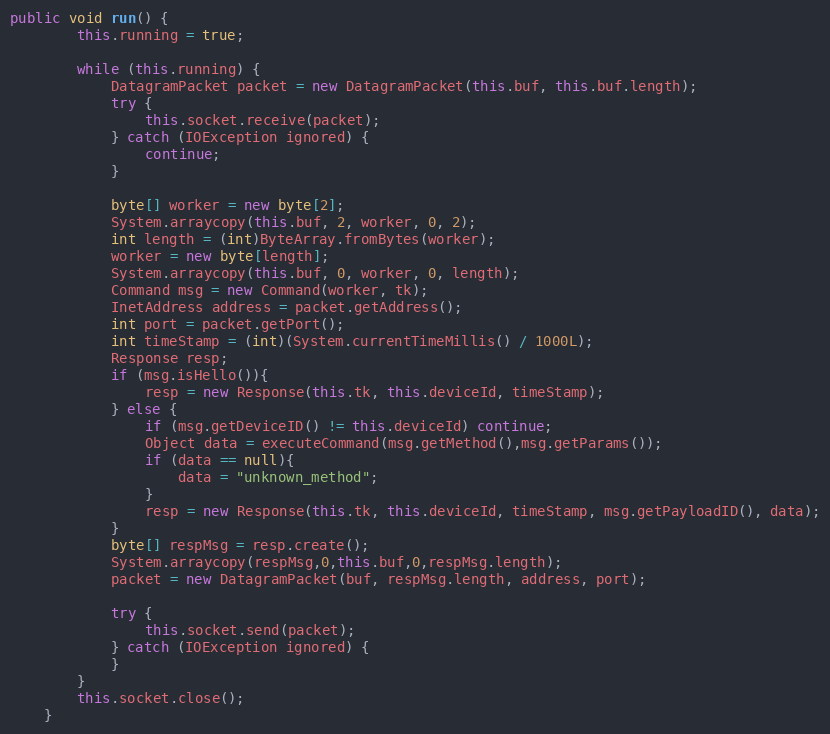
Language: Java
public void run() {
        this.running = true;

        while (this.running) {
            DatagramPacket packet = new DatagramPacket(this.buf, this.buf.length);
            try {
                this.socket.receive(packet);
            } catch (IOException ignored) {
                continue;
            }

            byte[] worker = new byte[2];
            System.arraycopy(this.buf, 2, worker, 0, 2);
            int length = (int)ByteArray.fromBytes(worker);
            worker = new byte[length];
            System.arraycopy(this.buf, 0, worker, 0, length);
            Command msg = new Command(worker, tk);
            InetAddress address = packet.getAddress();
            int port = packet.getPort();
            int timeStamp = (int)(System.currentTimeMillis() / 1000L);
            Response resp;
            if (msg.isHello()){
                resp = new Response(this.tk, this.deviceId, timeStamp);
            } else {
                if (msg.getDeviceID() != this.deviceId) continue;
                Object data = executeCommand(msg.getMethod(),msg.getParams());
                if (data == null){
                    data = "unknown_method";
                }
                resp = new Response(this.tk, this.deviceId, timeStamp, msg.getPayloadID(), data);
            }
            byte[] respMsg = resp.create();
            System.arraycopy(respMsg,0,this.buf,0,respMsg.length);
            packet = new DatagramPacket(buf, respMsg.length, address, port);

            try {
                this.socket.send(packet);
            } catch (IOException ignored) {
            }
        }
        this.socket.close();
    }